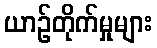
ယာဉ်တိုက်မှုများ